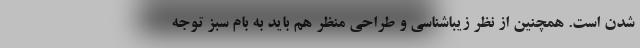
شدن است. همچنین از نظر زیباشناسی و طراحی منظر هم باید به بام سبز توجه